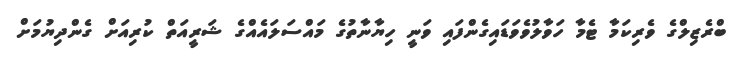
ބްރެޒިލްގެ ވެރިކަމާ ޓެމާ ހަވާލުވެވަޑައިގެންފައި ވަނީ ހިޔާނާތުގެ މައްސަލައެއްގެ ޝަރީއަތް ކުރިއަށް ގެންދިޔުމަށް